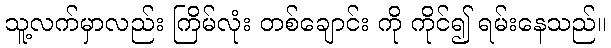
သူ့လက်မှာလည်း ကြိမ်လုံး တစ်ချောင်း ကို ကိုင်၍ ရမ်းနေသည်။